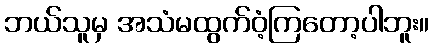
ဘယ်သူမှ အသံမထွက်ဝံ့ကြတော့ပါဘူး။